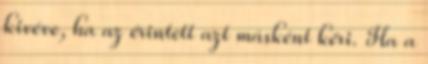
kivéve, ha az érintett azt másként kéri. Ha a